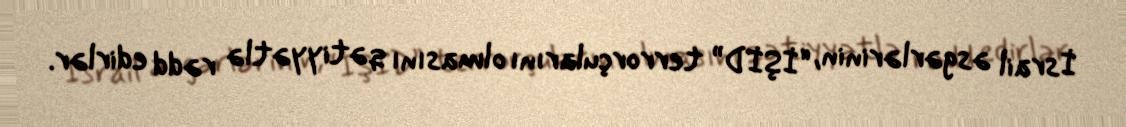
İsrail əsgərlərinin, “İŞİD” terrorçularını olmasını qətiyyətlə rədd edirlər.